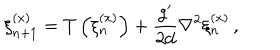
\xi _ { n + 1 } ^ { ( x ) } = T \left( \xi _ { n } ^ { ( x ) } \right) + \frac { g ^ { \prime } } { 2 d } \nabla ^ { 2 } \xi _ { n } ^ { ( x ) } \, ,